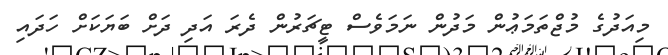
މިއަދުގެ މުޖްތަމަޢުން މަދުން ނަމަވެސް ޓީޗަރުން ދެރަ އަދި ދަށް ބަޔަކަށް ހަދައި